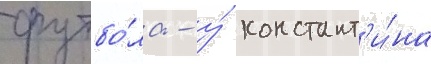
футбо́ла - у́ констант'и́на